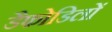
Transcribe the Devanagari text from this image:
डैफोडिलों